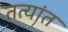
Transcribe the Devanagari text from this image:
तत्यांत